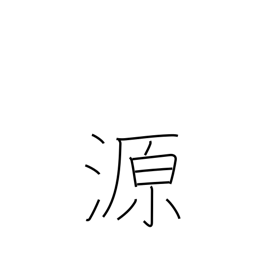
Meaning: source